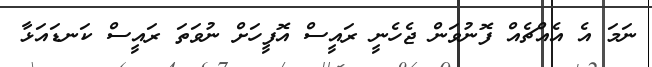
ނަމަ އެ އެއްޗެއް ފޮނުވަން ޖެހެނީ ރައީސް އޮފީހަށް ނުވަތަ ރައީސް ކަނޑައަޅާ